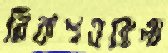
রিকশওয়ালা